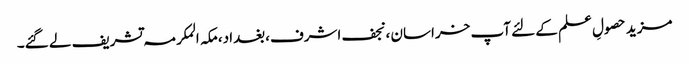
مزید حصولِ علم کے لئے آپ خراسان ،نجف اشرف،بغداد،مکہ المکرمہ تشریف لے گئے۔